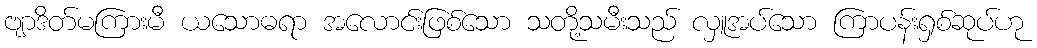
ဗျာဒိတ်မကြားမီ ယသောဓရာ အလောင်းဖြစ်သော သတို့သမီးသည် လှူအပ်သော ကြာပန်းရှစ်ဆုပ်ဟု